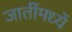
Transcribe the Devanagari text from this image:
जातींमध्यें